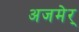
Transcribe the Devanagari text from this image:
अजमेर्